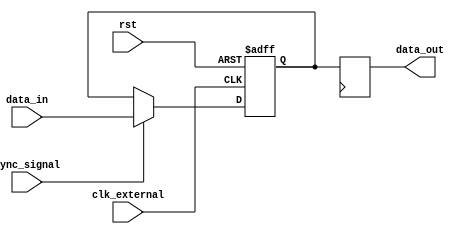
module burst_synchronizer (
    input wire clk_external,
    input wire rst,
    input wire [DATA_WIDTH-1:0] data_in,
    output reg [DATA_WIDTH-1:0] data_out,
    input wire sync_signal
);

parameter DATA_WIDTH = 8; // Define the data width

reg [DATA_WIDTH-1:0] buffer;

always @(posedge clk_external or posedge rst) begin
    if (rst) begin
        buffer <= 0;
    end else begin
        buffer <= sync_signal ? data_in : buffer;
    end
end

always @(posedge clk_internal) begin
    data_out <= buffer;
end

endmodule